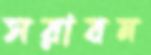
সরাবন